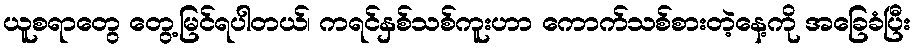
ယူစရာတွေ တွေ့မြင်ရပါတယ်၊ ကရင်နှစ်သစ်ကူးဟာ ကောက်သစ်စားတဲ့နေ့ကို အခြေခံပြီး